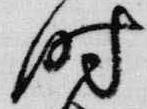
時